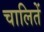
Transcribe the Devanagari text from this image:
चालितें